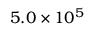
5 . 0 \times 1 0 ^ { 5 }